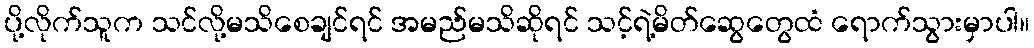
ပို့လိုက်သူက သင်လို့မသိစေချင်ရင် အမည်မသိဆိုရင် သင့်ရဲ့မိတ်ဆွေတွေထံ ရောက်သွားမှာပါ။